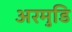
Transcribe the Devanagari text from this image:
अरमुडि